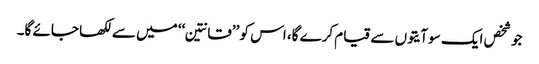
جو شخص ایک سو آیتوں سے قیام کرے گا، اس کو ’’قانتین‘‘ میں سے لکھا جائے گا۔